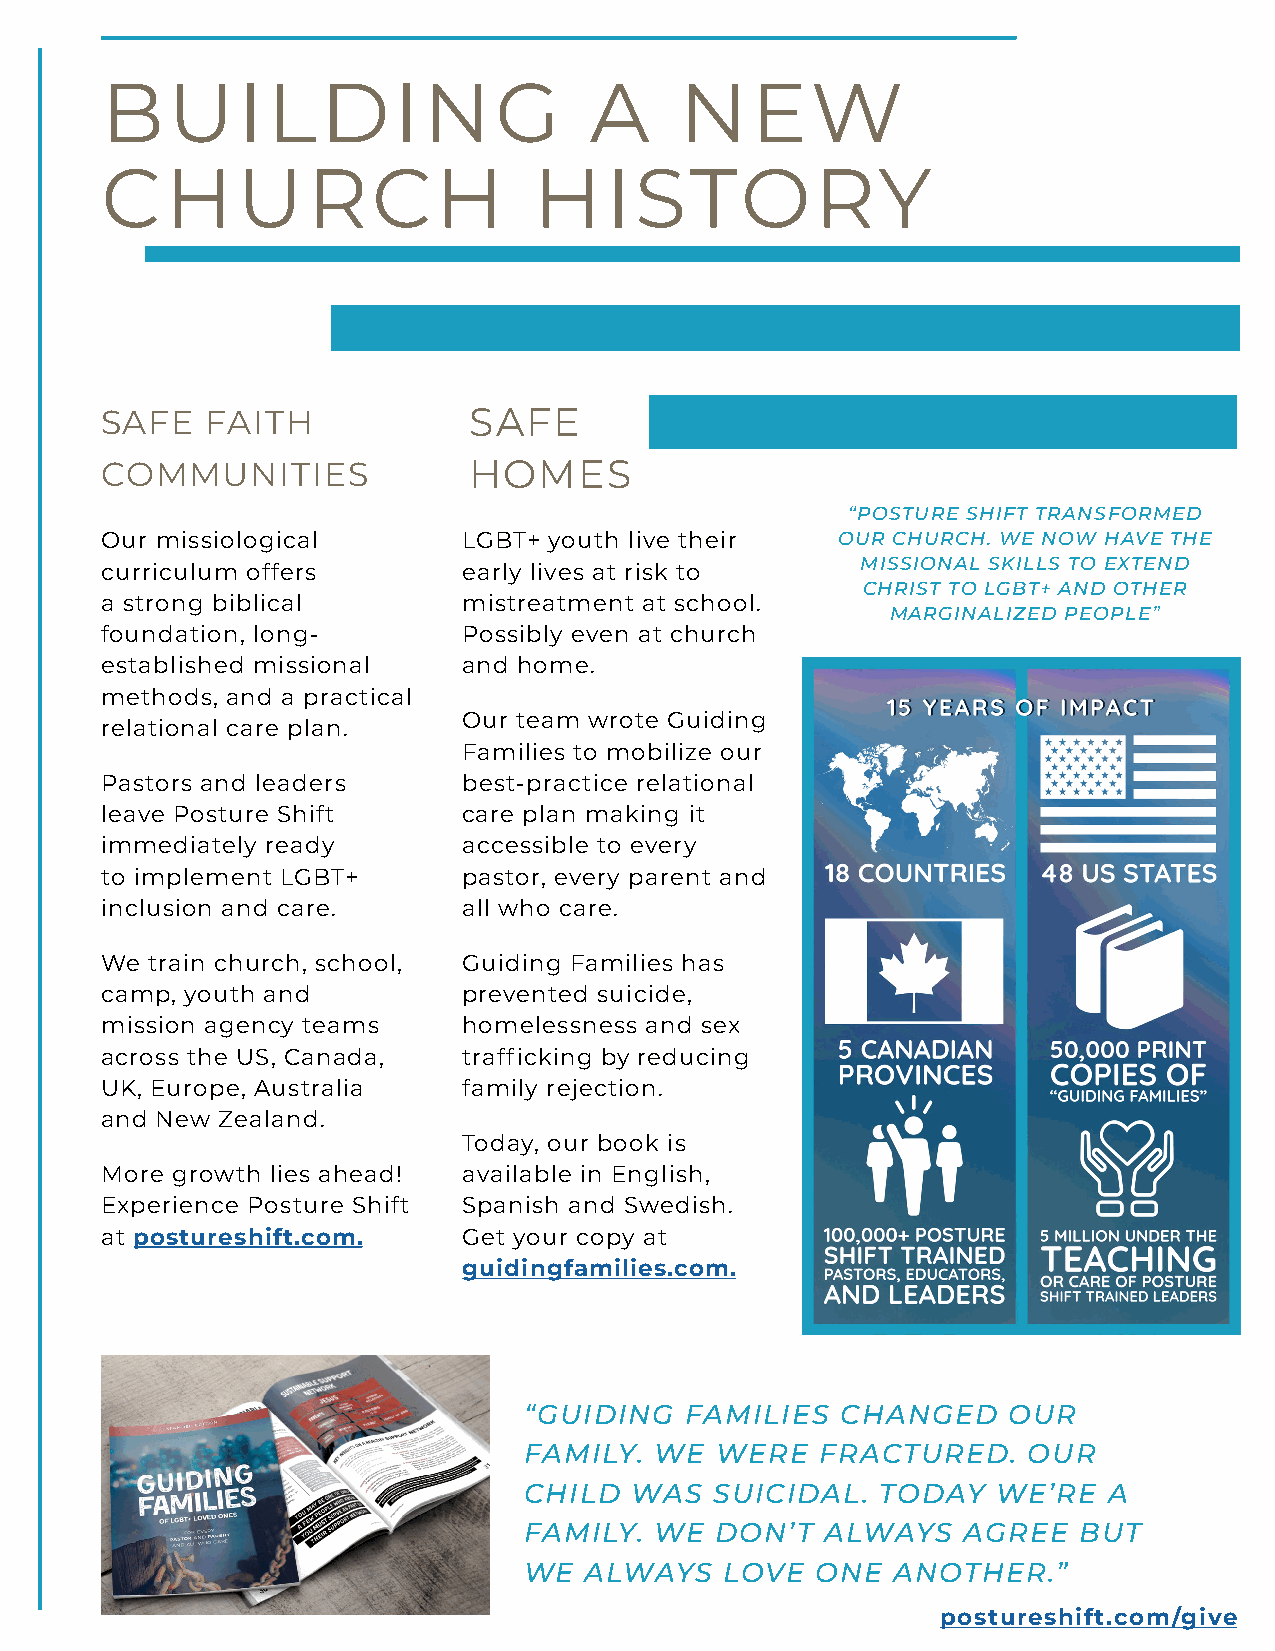
BUILDING                        A     NEW
 CHURCH                      HISTORY
 SAFE   FAITH            SAFE
 COMMUNITIES             HOMES
 “POSTURE SHIFT TRANSFORMED
 Our missiological       LGBT+ youth live their  OUR CHURCH. WE NOW HAVE THE
 MISSIONAL SKILLS TO EXTEND
 curriculum offers       early lives at risk to
 CHRIST TO LGBT+ AND OTHER
 a strong biblical       mistreatment at school.
 MARGINALIZED PEOPLE”
 foundation, long-       Possibly even at church
 established missional   and home.
 methods, and a practical
 Our team wrote Guiding
 relational care plan.
 Families to mobilize our
 Pastors and leaders     best-practice relational
 leave Posture Shift     care plan making it
 immediately ready       accessible to every
 to implement LGBT+      pastor, every parent and
 inclusion and care.     all who care.
 We train church, school, Guiding Families has
 camp, youth and         prevented suicide,
 mission agency teams    homelessness and sex
 across the US, Canada,  trafficking by reducing
 UK, Europe, Australia   family rejection.
 and New Zealand.
 Today, our book is
 More growth lies ahead! available in English,
 Experience Posture Shift Spanish and Swedish.
 at postureshift.com.    Get your copy at
 guidingfamilies.com.
 “GUIDING  FAMILIES   CHANGED    OUR
 FAMILY. WE  WERE   FRACTURED.    OUR
 CHILD  WAS  SUICIDAL.  TODAY   WE’RE  A
 FAMILY. WE  DON’T   ALWAYS   AGREE  BUT
 WE  ALWAYS   LOVE  ONE  ANOTHER.”
 postureshift.com/give